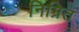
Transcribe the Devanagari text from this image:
निम्रित